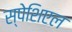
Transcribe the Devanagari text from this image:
स्पेशिएल